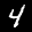
Label: 4